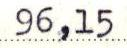
96,15